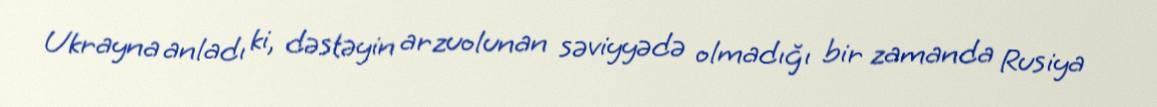
Ukrayna anladı ki, dəstəyin arzuolunan səviyyədə olmadığı bir zamanda Rusiya